Language: tamil
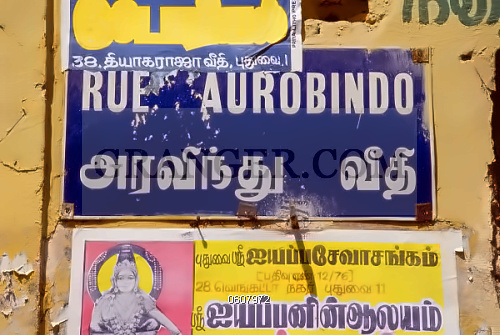
Transcription: புதுவை அரவிந்து புதுவை ஐயப்ப சேவாசங்கம் நகர் ஐயப்பனின் ஆலயம் வீதி தியாகராஜா புதுவை